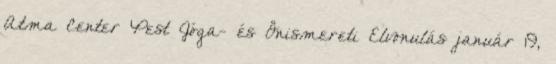
Atma Center Pest Jóga- és Önismereti Elvonulás január 19,